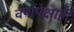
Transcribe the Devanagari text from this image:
वर्षापेक्षाही